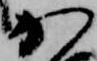
か